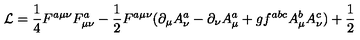
{ \cal L } = \frac 1 4 F ^ { a \mu \nu } F _ { \mu \nu } ^ { a } - \frac 1 2 F ^ { a \mu \nu } ( \partial _ { \mu } A _ { \nu } ^ { a } - \partial _ { \nu } A _ { \mu } ^ { a } + g f ^ { a b c } A _ { \mu } ^ { b } A _ { \nu } ^ { c } ) + \frac 1 2